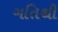
ગતિથી